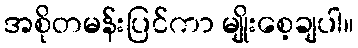
အစိုတမန်းပြင်ကာ မျိုးစေ့ချပါ။